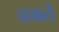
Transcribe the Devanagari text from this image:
च्हकते